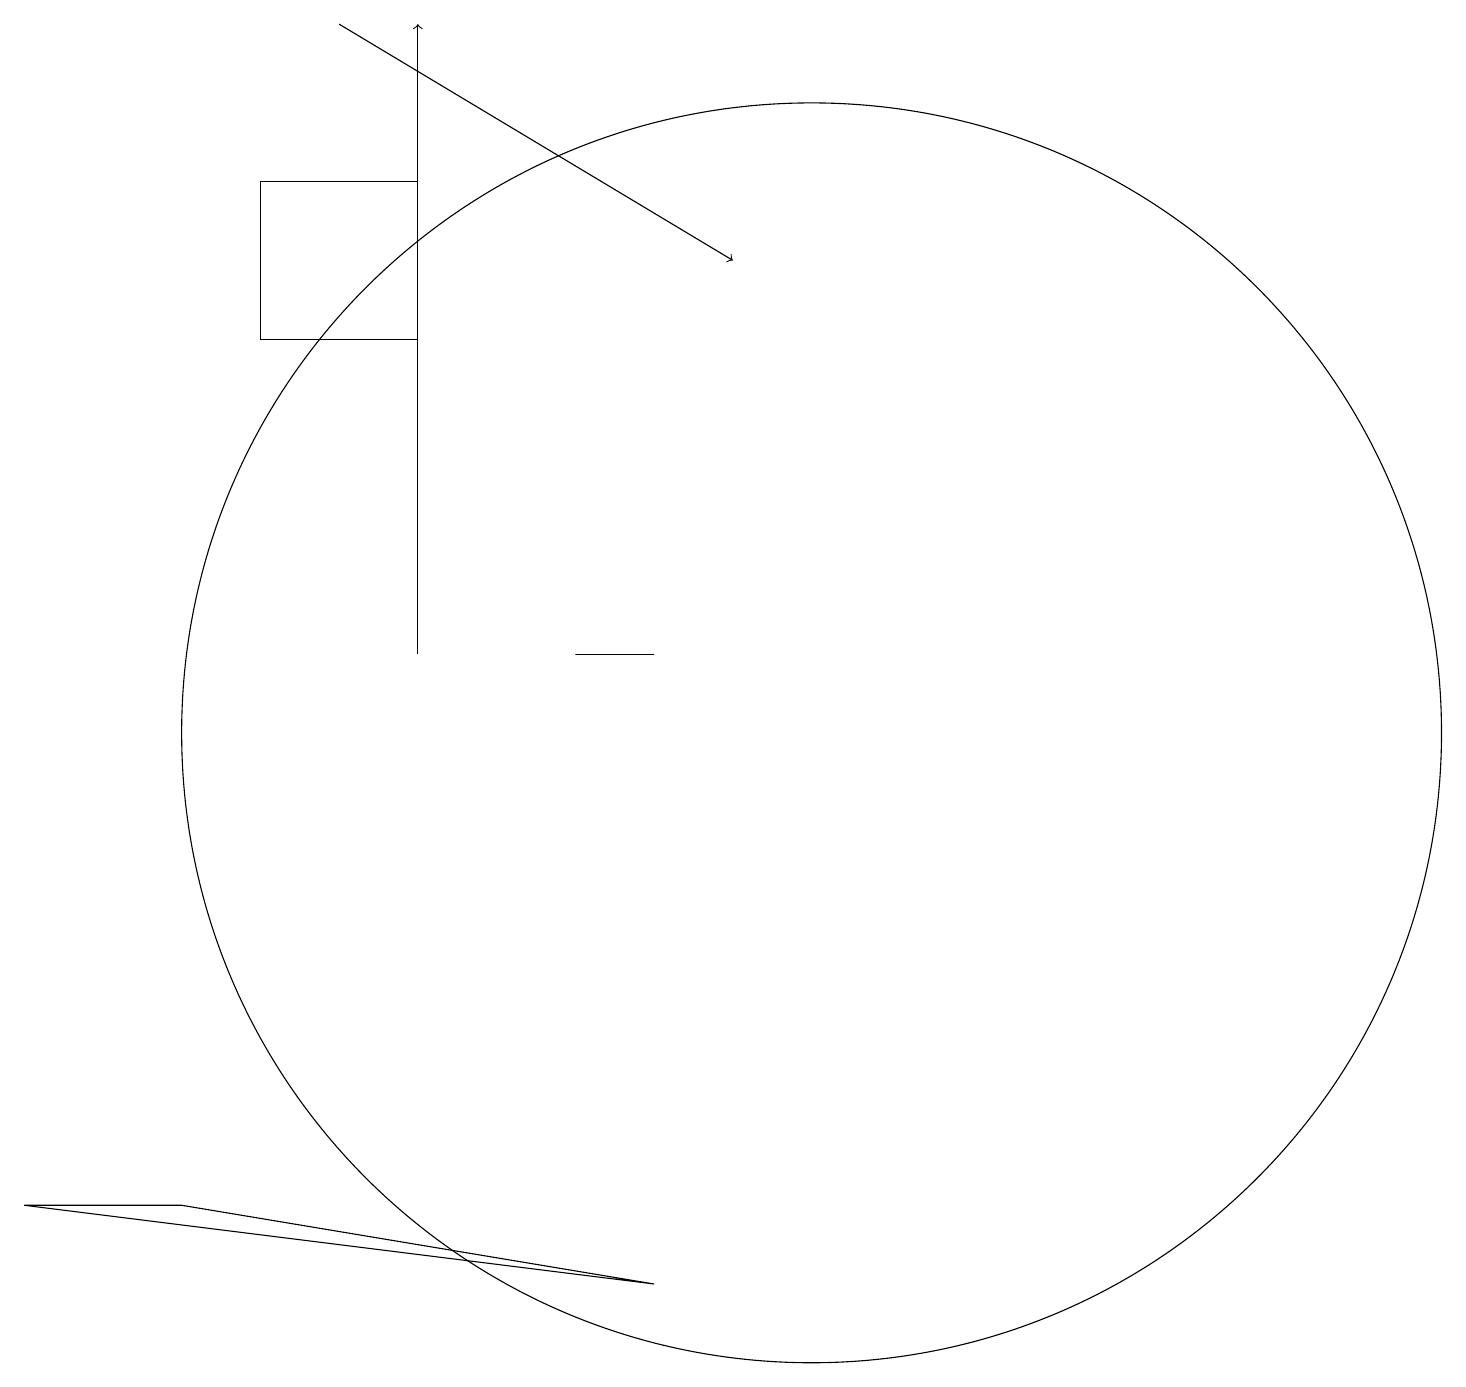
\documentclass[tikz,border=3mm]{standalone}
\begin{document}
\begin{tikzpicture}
\draw[->] (4,19) -- (9,16);
\draw[->] (5,11) -- (5,19);
\draw (8,11) rectangle (7,11);
\draw (3,17) rectangle (5,15);
\draw (10,10) circle (8);
\draw (8,3) -- (0,4) -- (2,4) -- cycle;
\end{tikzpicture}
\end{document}